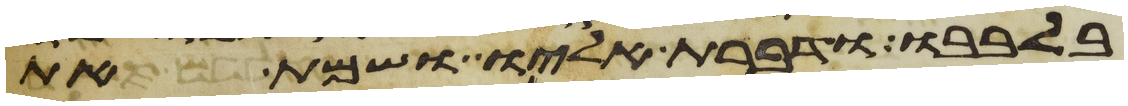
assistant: בלבבו ודברת אליו ושמת את